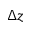
\Delta z